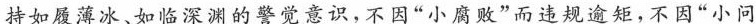
持如履薄冰、如临深渊的警觉意识，不因”小腐败”而违规逾矩，不因”小问